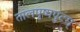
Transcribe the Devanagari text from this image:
तालपुष्पपुटम्